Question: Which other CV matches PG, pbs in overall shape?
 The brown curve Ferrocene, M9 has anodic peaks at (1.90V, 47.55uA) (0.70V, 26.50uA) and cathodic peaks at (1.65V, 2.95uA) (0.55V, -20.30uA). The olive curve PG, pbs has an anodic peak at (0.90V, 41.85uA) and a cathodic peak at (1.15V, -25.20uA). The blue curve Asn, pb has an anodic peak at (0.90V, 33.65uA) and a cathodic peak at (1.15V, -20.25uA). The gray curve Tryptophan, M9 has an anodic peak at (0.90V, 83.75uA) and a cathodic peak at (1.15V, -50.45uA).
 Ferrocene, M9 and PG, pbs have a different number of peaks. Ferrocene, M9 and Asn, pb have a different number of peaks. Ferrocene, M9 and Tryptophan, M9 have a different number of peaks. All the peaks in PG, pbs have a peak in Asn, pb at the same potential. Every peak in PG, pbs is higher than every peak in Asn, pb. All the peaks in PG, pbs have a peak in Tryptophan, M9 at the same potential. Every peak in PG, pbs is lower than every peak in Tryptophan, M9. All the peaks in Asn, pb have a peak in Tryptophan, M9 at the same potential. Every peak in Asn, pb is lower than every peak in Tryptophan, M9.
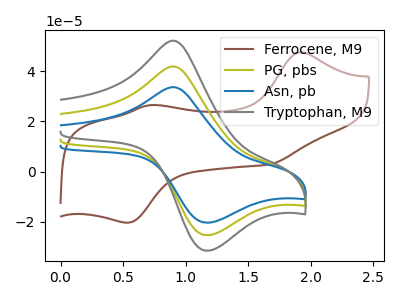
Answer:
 <answer>"PG, pbs" and "Tryptophan, M9" have a similar shape to "Asn, pb".</answer>
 <eval>"PG, pbs" "Tryptophan, M9"</eval>